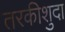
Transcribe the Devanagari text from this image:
तरकीशुदा